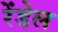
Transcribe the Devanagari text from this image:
रेंडेल